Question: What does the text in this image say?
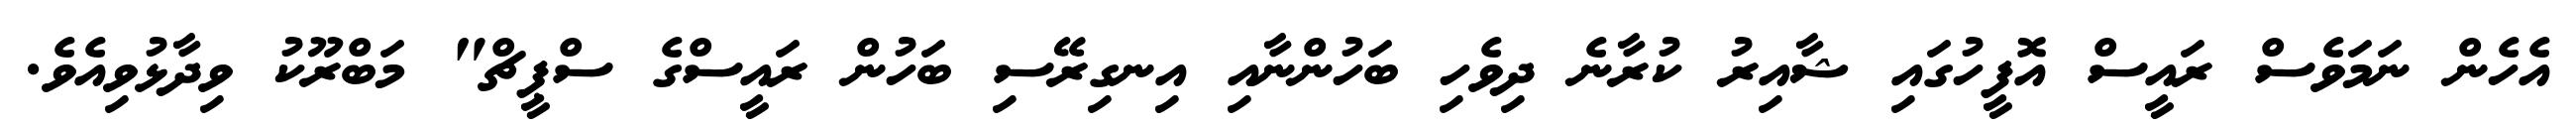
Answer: އެހެން ނަމަވެސް ރައީސް އޮފީހުގައި ޝާއިރު ކުރާނެ ދިވެހި ބަހުންނާއި އިނގިރޭސި ބަހުން ރައީސްގެ ސްޕީޗް" މަބްރޫކު ވިދާޅުވިއެވެ.